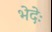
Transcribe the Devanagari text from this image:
भेदेः